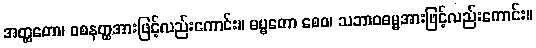
အတ္ထတော၊ ဝစနတ္ထအားဖြင့်လည်းကောင်း။ ဓမ္မတော စေဝ၊ သဘာဝဓမ္မအားဖြင့်လည်းကောင်း။